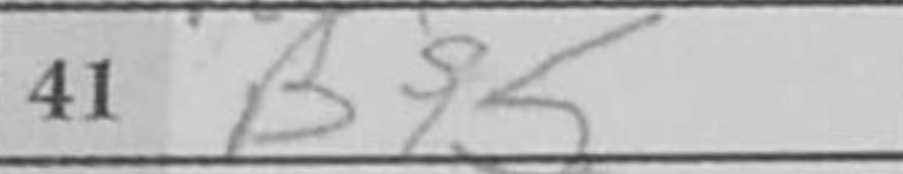
Transcription: Bf5